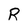
Character: R